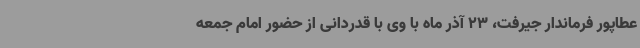
عطاپور فرماندار جیرفت، 23 آذر ماه با وی با قدردانی از حضور امام جمعه